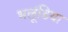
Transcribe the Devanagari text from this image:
भलूंडिया